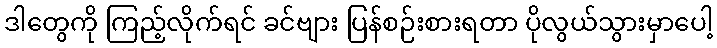
ဒါတွေကို ကြည့်လိုက်ရင် ခင်ဗျား ပြန်စဉ်းစားရတာ ပိုလွယ်သွားမှာပေါ့